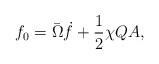
LaTeX: \begin{align*}f_0 = \bar{\Omega} \dot{f} + \frac{1}{2}\chi QA ,\end{align*}